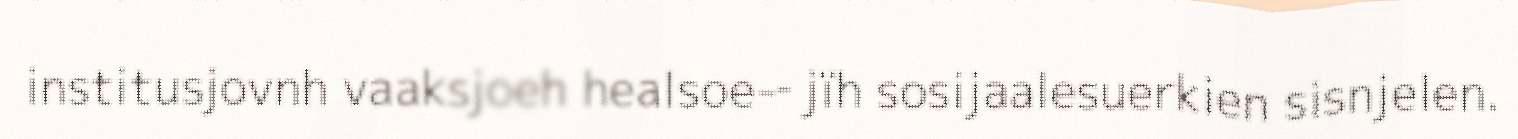
institusjovnh vaaksjoeh healsoe-‐ jïh sosijaalesuerkien sisnjelen.